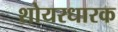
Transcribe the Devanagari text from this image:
शोयरधारक